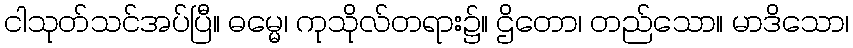
ငါသုတ်သင်အပ်ပြီ။ ဓမ္မေ၊ ကုသိုလ်တရား၌။ ဌိတော၊ တည်သော။ မာဒိသော၊